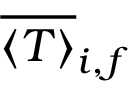
\overline { { \langle T \rangle } } _ { i , f }